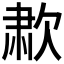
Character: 𰙑